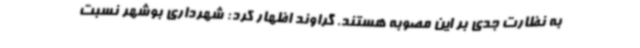
به نظارت جدی بر این مصوبه هستند. گراوند اظهار کرد: شهرداری بوشهر نسبت